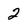
Character: 2